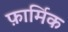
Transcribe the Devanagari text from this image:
फ़ार्मिक